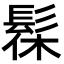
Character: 髹